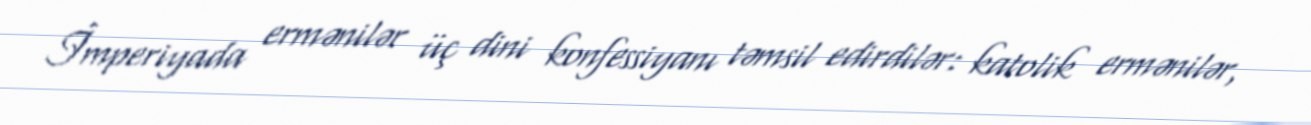
İmperiyada ermənilər üç dini konfessiyanı təmsil edirdilər: katolik ermənilər,